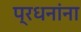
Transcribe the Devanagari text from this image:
प्रधनांना